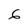
Character: 6